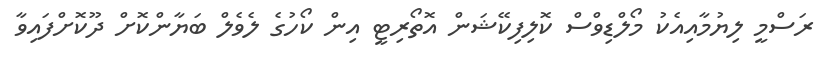
ރަސްމީ ލިޔުމާއިއެކު މޯލްޑިވްސް ކޮލިފިކޭޝަން އޮތޯރިޓީ އިން ކޯހުގެ ލެވެލް ބަޔާންކޮށް ދޫކޮށްފައިވާ